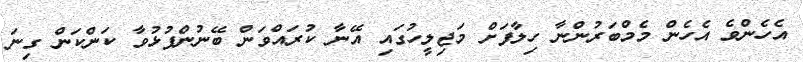
އެހެންވެ އެހެން މެމްބަރުންނާ ހިލާފަށް މަޖިލީހުގައި އޭނާ ކުރައްވަން ބޭނުންފުޅުވާ ކަންކަން ގިނަ